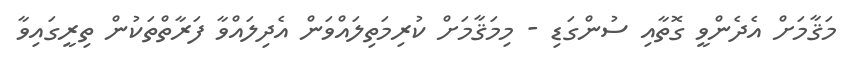
މަޤާމަށް އެދެންވީ ގޮތާއި ސުންގަޑި - މިމަޤާމަށް ކުރިމަތިލައްވަން އެދިލައްވާ ފަރާތްތަކުން ތިރީގައިވާ